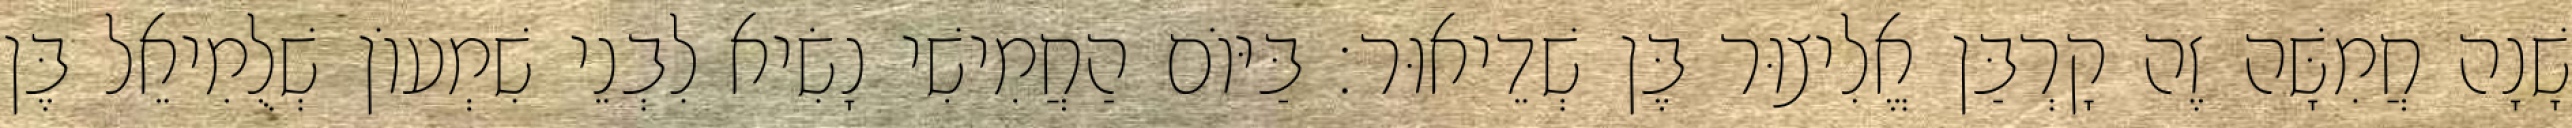
שָׁנָה חֲמִשָּׁה זֶה קָרְבַּן אֱלִיצוּר בֶּן שְׁדֵיאוּר׃ בַּיּוֹם הַחֲמִישִׁי נָשִׂיא לִבְנֵי שִׁמְעוֹן שְׁלֻמִיאֵל בֶּן